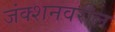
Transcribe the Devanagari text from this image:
जंक्शनवरील